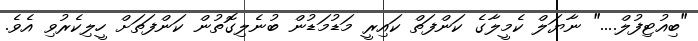
"ބިއުޓިފުލް...." ނާޔަލް ކެމީލާގެ ކަންފަތް ކައިރީ މަޑުމަޑުން ބުނެލިގޮތުން ކަންފަތަށް ހީލިކެރުވި އެވެ.